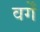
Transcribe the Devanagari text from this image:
वर्गें